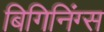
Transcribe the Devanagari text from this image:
बिगिनिंग्स